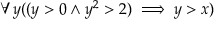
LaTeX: \forall y ( ( y > 0 \land y ^ { 2 } > 2 ) \implies y > x )